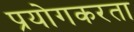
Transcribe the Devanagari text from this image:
प्रयोगकरता